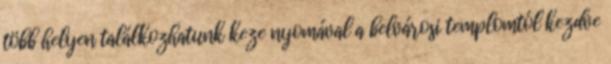
több helyen találkozhatunk keze nyomával a belvárosi templomtól kezdve